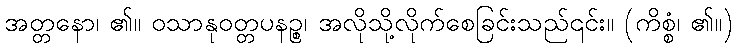
အတ္တနော၊ ၏။ ဝသာနုဝတ္တပနဉ္စ၊ အလိုသို့လိုက်စေခြင်းသည်၎င်း။ (ကိစ္စံ၊ ၏။)